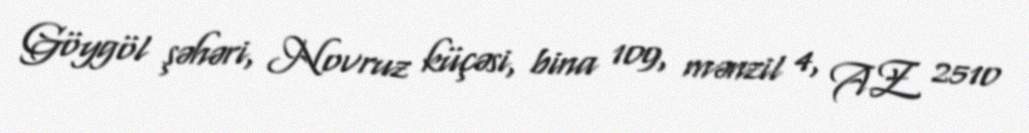
Göygöl şəhəri, Novruz küçəsi, bina 109, mənzil 4, AZ 2510